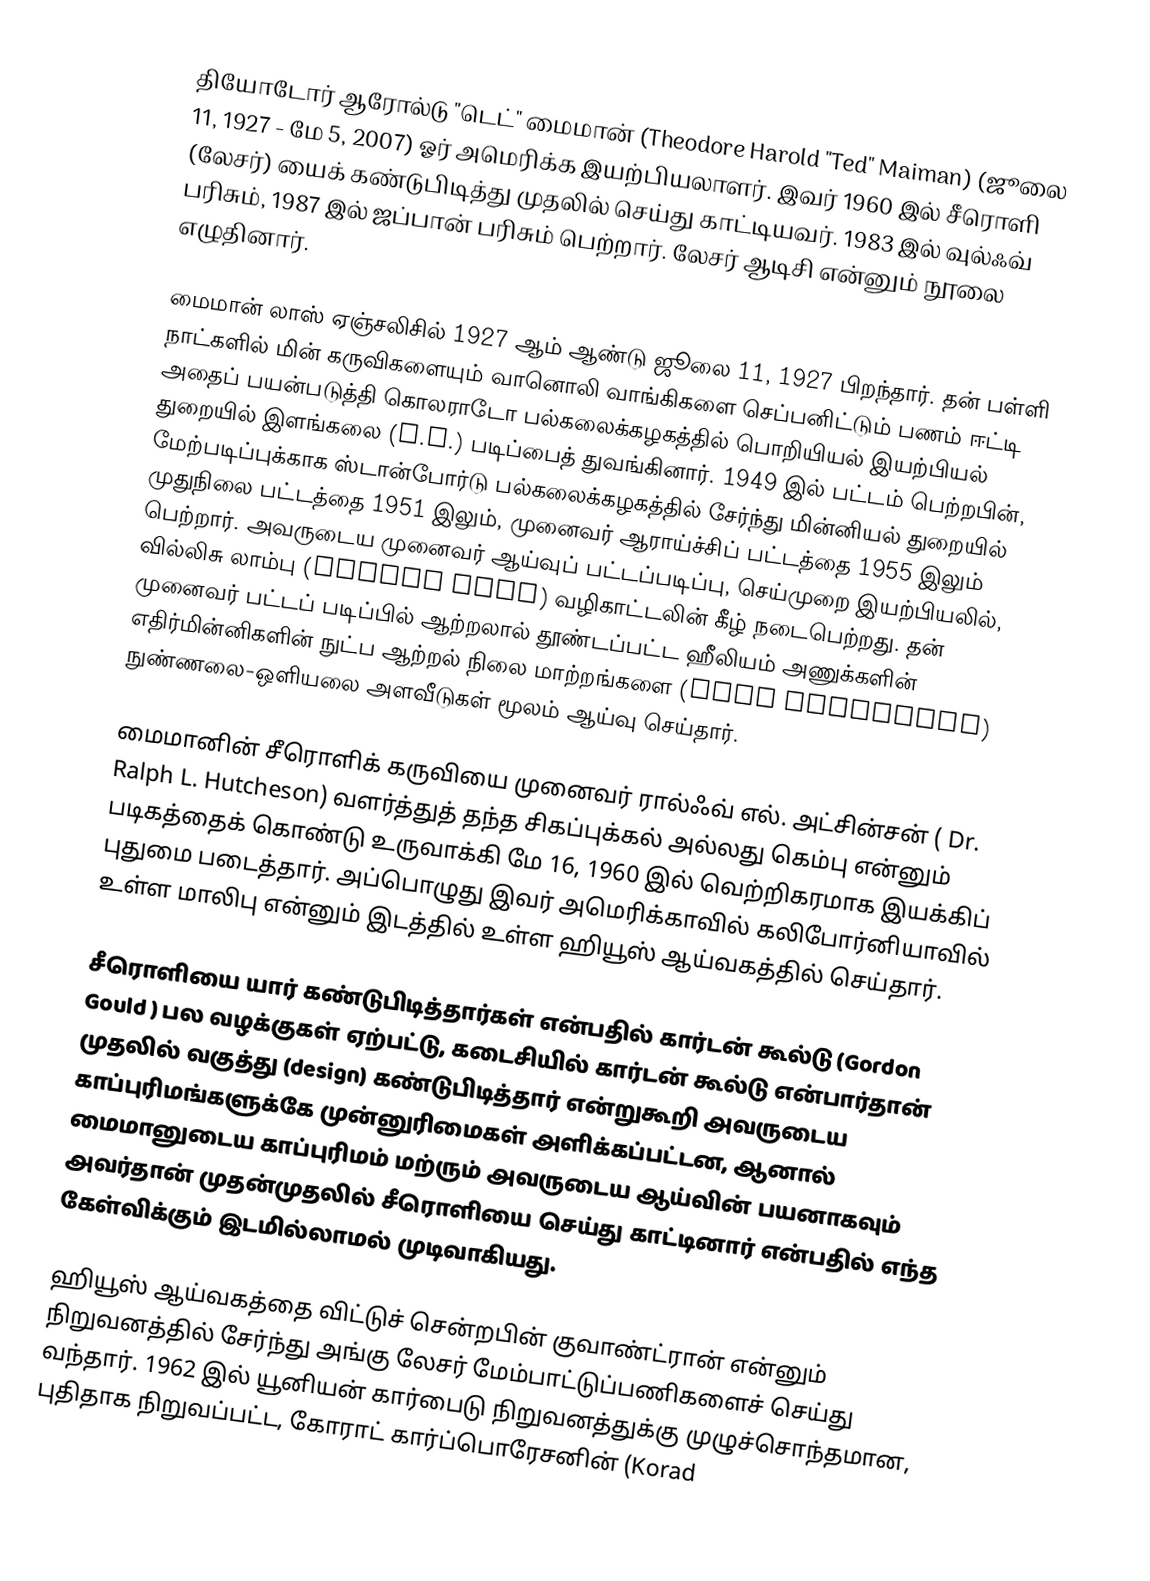
தியோடோர் ஆரோல்டு "டெட்" மைமான் (Theodore Harold "Ted" Maiman) (ஜூலை 11, 1927 - மே 5, 2007) ஓர் அமெரிக்க இயற்பியலாளர். இவர் 1960 இல் சீரொளி (லேசர்) யைக் கண்டுபிடித்து முதலில் செய்து காட்டியவர். 1983 இல் வுல்ஃவ் பரிசும், 1987 இல் ஜப்பான் பரிசும் பெற்றார். லேசர் ஆடிசி என்னும் நூலை எழுதினார்.

மைமான் லாஸ் ஏஞ்சலிசில் 1927 ஆம் ஆண்டு ஜூலை 11, 1927 பிறந்தார். தன் பள்ளி நாட்களில் மின் கருவிகளையும் வானொலி வாங்கிகளை செப்பனிட்டும் பணம் ஈட்டி அதைப் பயன்படுத்தி கொலராடோ பல்கலைக்கழகத்தில்  பொறியியல் இயற்பியல் துறையில் இளங்கலை (B.S.) படிப்பைத் துவங்கினார்.  1949 இல் பட்டம் பெற்றபின், மேற்படிப்புக்காக ஸ்டான்போர்டு பல்கலைக்கழகத்தில் சேர்ந்து மின்னியல் துறையில் முதுநிலை பட்டத்தை 1951 இலும், முனைவர் ஆராய்ச்சிப் பட்டத்தை 1955 இலும் பெற்றார். அவருடைய முனைவர் ஆய்வுப் பட்டப்படிப்பு, செய்முறை இயற்பியலில், வில்லிசு லாம்பு (Willis Lamb) வழிகாட்டலின் கீழ் நடைபெற்றது. தன் முனைவர் பட்டப் படிப்பில் ஆற்றலால் தூண்டப்பட்ட ஹீலியம் அணுக்களின்  எதிர்மின்னிகளின் நுட்ப ஆற்றல் நிலை மாற்றங்களை (fine structure) நுண்ணலை-ஒளியலை அளவீடுகள் மூலம் ஆய்வு செய்தார்.

மைமானின் சீரொளிக் கருவியை முனைவர் ரால்ஃவ் எல். அட்சின்சன் ( Dr. Ralph L. Hutcheson) வளர்த்துத் தந்த சிகப்புக்கல் அல்லது கெம்பு என்னும் படிகத்தைக் கொண்டு உருவாக்கி மே 16, 1960 இல் வெற்றிகரமாக இயக்கிப் புதுமை படைத்தார். அப்பொழுது இவர் அமெரிக்காவில் கலிபோர்னியாவில் உள்ள மாலிபு என்னும் இடத்தில் உள்ள ஹியூஸ் ஆய்வகத்தில் செய்தார்.

சீரொளியை யார் கண்டுபிடித்தார்கள் என்பதில்  கார்டன் கூல்டு (Gordon Gould ) பல வழக்குகள் ஏற்பட்டு, கடைசியில் கார்டன் கூல்டு என்பார்தான் முதலில் வகுத்து (design) கண்டுபிடித்தார் என்றுகூறி அவருடைய காப்புரிமங்களுக்கே முன்னுரிமைகள் அளிக்கப்பட்டன, ஆனால் மைமானுடைய காப்புரிமம் மற்ரும் அவருடைய ஆய்வின் பயனாகவும் அவர்தான் முதன்முதலில் சீரொளியை செய்து காட்டினார் என்பதில் எந்த கேள்விக்கும் இடமில்லாமல் முடிவாகியது.

ஹியூஸ் ஆய்வகத்தை விட்டுச் சென்றபின் குவாண்ட்ரான் என்னும் நிறுவனத்தில் சேர்ந்து அங்கு லேசர் மேம்பாட்டுப்பணிகளைச் செய்து வந்தார். 1962 இல் யூனியன் கார்பைடு நிறுவனத்துக்கு முழுச்சொந்தமான, புதிதாக நிறுவப்பட்ட, கோராட் கார்ப்பொரேசனின் (Korad